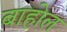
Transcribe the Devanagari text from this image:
बाहोल